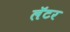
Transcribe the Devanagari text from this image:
लॅटर